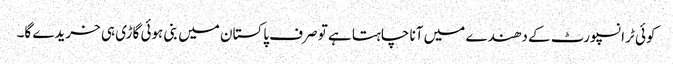
کوئی ٹرانسپورٹ کے دھندے میں آنا چاہتا ہے تو صرف پاکستان میں بنی ہوئی گاڑی ہی خریدے گا۔